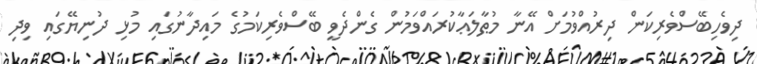
ދިވެހިބޭސްވެރިކަން ދިރުއްވުމަށް އޭނާ މުޠާލަޢާކުރައްވަމުން ގެންދެވީ ބޭސްވެރިކަމުގެ މައިދާނުގައި މުޅި ދުނިޔޭގައި ވިދި